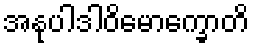
အနုပါဒါဝိမောက္ခောတိ